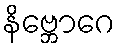
နိဗ္ဘောဂေ